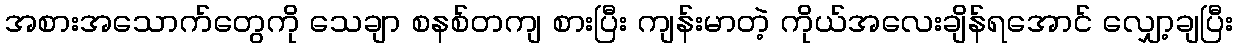
အစားအသောက်တွေကို သေချာ စနစ်တကျ စားပြီး ကျန်းမာတဲ့ ကိုယ်အလေးချိန်ရအောင် လျှော့ချပြီး